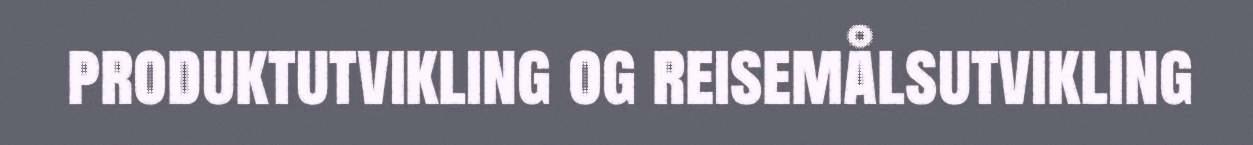
produktutvikling og reisemålsutvikling